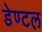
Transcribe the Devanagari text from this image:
डेण्टल